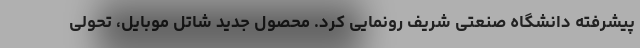
پیشرفته دانشگاه صنعتی شریف رونمایی کرد. محصول جدید شاتل موبایل، تحولی